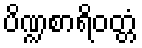
ပိဏ္ဍစာရိဝတ္တံ